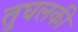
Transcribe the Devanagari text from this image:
तुघलकी